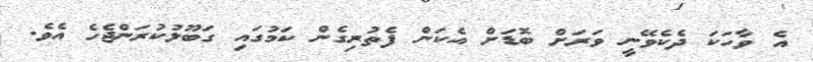
އެ ވާހަކަ ދެކެވޭނީ ވަރަށް ބޮޑަށް އެކަން ފެތުރިގެން ކަމުގައި ގަބޫލުކުރަންޖެހެ އެވެ.